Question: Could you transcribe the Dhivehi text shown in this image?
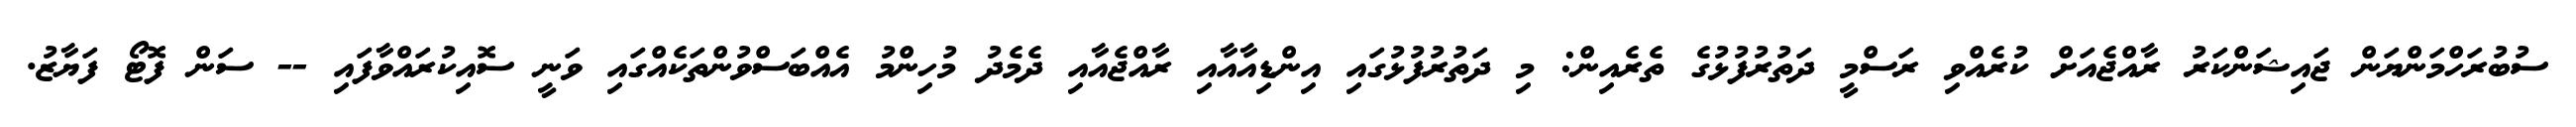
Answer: ސުބުރަހްމަންޔަން ޖައިޝަންކަރު ރާއްޖެއަށް ކުރެއްވި ރަސްމީ ދަތުރުފުޅުގެ ތެރެއިން: މި ދަތުރުފުޅުގައި އިންޑިއާއާއި ރާއްޖެއާއި ދެމެދު މުހިންމު އެއްބަސްވުންތަކެއްގައި ވަނީ ސޮއިކުރައްވާފައި -- ސަން ފޮޓޯ ފަޔާޒު.